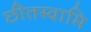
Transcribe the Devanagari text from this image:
छीतस्वामि